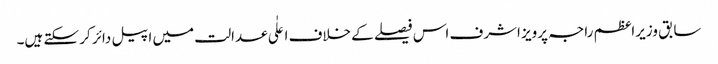
سابق وزیراعظم راجہ پرویز اشرف اس فیصلے کے خلاف اعلٰی عدالت میں اپیل دائر کر سکتے ہیں۔